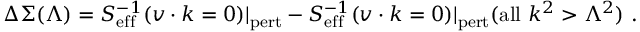
\Delta \Sigma ( \Lambda ) = S _ { \mathrm { e f f } } ^ { - 1 } ( v \cdot k = 0 ) | _ { \mathrm { p e r t } } - S _ { \mathrm { e f f } } ^ { - 1 } ( v \cdot k = 0 ) | _ { \mathrm { p e r t } } ( \mathrm { a l l } ~ k ^ { 2 } > \Lambda ^ { 2 } ) \ .